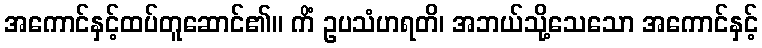
အကောင်နှင့်ထပ်တူဆောင်၏။ ကိံ ဥပသံဟရတိ၊ အဘယ်သို့သေသော အကောင်နှင့်